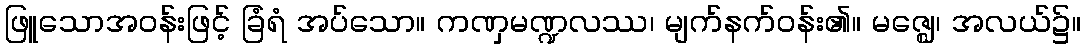
ဖြူသောအဝန်းဖြင့် ခြံရံ အပ်သော။ ကဏှမဏ္ဍလဿ၊ မျက်နက်ဝန်း၏။ မဇ္ဈေ၊ အလယ်၌။